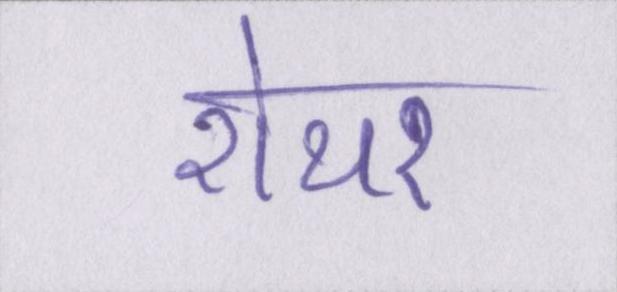
शेयर